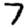
Digit: 7